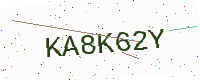
Text: KA8K62Y